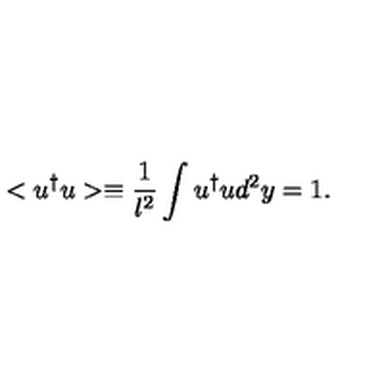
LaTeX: < u ^ { \dagger } u > \equiv \frac { 1 } { l ^ { 2 } } \int u ^ { \dagger } u \mathrm { } d ^ { 2 } y = 1 .